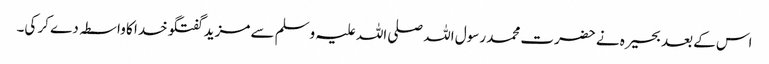
اس کے بعد بحیرہ نے حضرت محمد رسول اللہ صلی اللہ علیہ وسلم سے مزید گفتگو خدا کا واسطہ دے کر کی۔